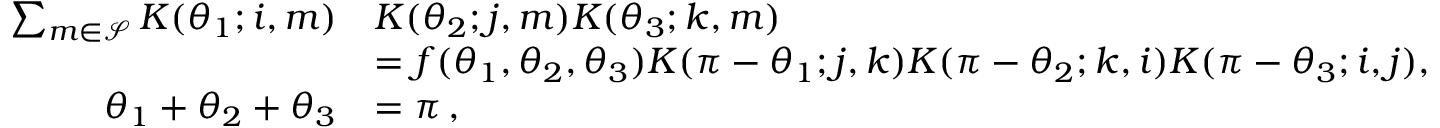
\begin{array} { r l } { \sum _ { m \in \mathcal { S } } K ( \theta _ { 1 } ; i , m ) } & { K ( \theta _ { 2 } ; j , m ) K ( \theta _ { 3 } ; k , m ) } \\ & { = f ( \theta _ { 1 } , \theta _ { 2 } , \theta _ { 3 } ) K ( \pi - \theta _ { 1 } ; j , k ) K ( \pi - \theta _ { 2 } ; k , i ) K ( \pi - \theta _ { 3 } ; i , j ) , } \\ { \theta _ { 1 } + \theta _ { 2 } + \theta _ { 3 } } & { = \pi \, , } \end{array}